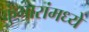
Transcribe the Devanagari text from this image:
कुंभारांमध्ये